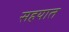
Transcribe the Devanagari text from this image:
सहयात